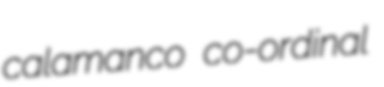
calamanco co-ordinal